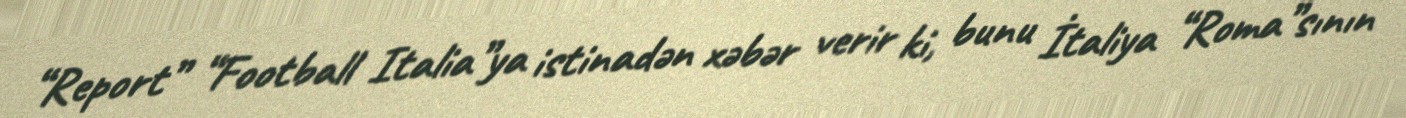
“Report” “Football Italia”ya istinadən xəbər verir ki, bunu İtaliya “Roma”sının